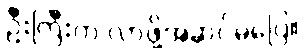
ဦးကြီးက လာဖို့အဆင်မပြေ။